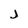
Character: J